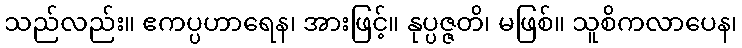
သည်လည်း။ ဧကပ္ပဟာရေန၊ အားဖြင့်။ နုပ္ပဇ္ဇတိ၊ မဖြစ်။ သူစိကလာပေန၊